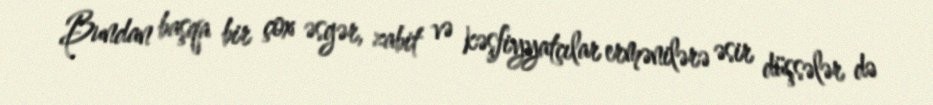
Bundan başqa bir çox əsgər, zabit və kəşfiyyatçılar ermənilərə əsir düşsələr də